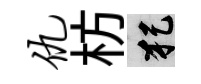
仇枋犯